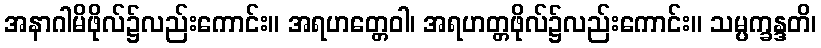
အနာဂါမိဖိုလ်၌လည်းကောင်း။ အရဟတ္တေဝါ၊ အရဟတ္တဖိုလ်၌လည်းကောင်း။ သမ္ပက္ခန္ဒတိ၊